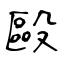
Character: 毆